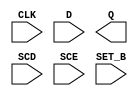
module sky130_fd_sc_hs__sdfstp (
    CLK  ,
    D    ,
    Q    ,
    SCD  ,
    SCE  ,
    SET_B
);

    input  CLK  ;
    input  D    ;
    output Q    ;
    input  SCD  ;
    input  SCE  ;
    input  SET_B;

    // Voltage supply signals
    supply1 VPWR;
    supply0 VGND;

endmodule